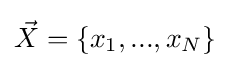
{\vec {X}}=\left\{x_{1},...,x_{N}\right\}